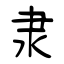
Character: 隶